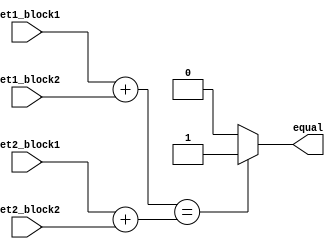
module arithmetic_blocks_equality_comparator (
    input [7:0] set1_block1,
    input [7:0] set1_block2,
    input [7:0] set2_block1,
    input [7:0] set2_block2,
    output reg equal
);

reg [15:0] result_set1;
reg [15:0] result_set2;

always @* begin
    result_set1 = set1_block1 + set1_block2;
    result_set2 = set2_block1 + set2_block2;
    
    if (result_set1 == result_set2) begin
        equal = 1;
    end else begin
        equal = 0;
    end
end

endmodule